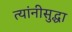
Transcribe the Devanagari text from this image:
त्यांनीसुद्धा